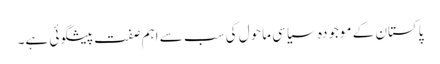
پاکستان کے موجودہ سیاسی ماحول کی سب سے اہم صفت پیشگوئی ہے۔